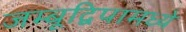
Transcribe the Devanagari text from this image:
जम्बूद्विपामध्ये